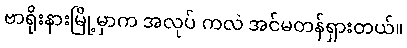
ဗာရိုးနားမြို့မှာက အလုပ် ကလဲ အင်မတန်ရှားတယ်။